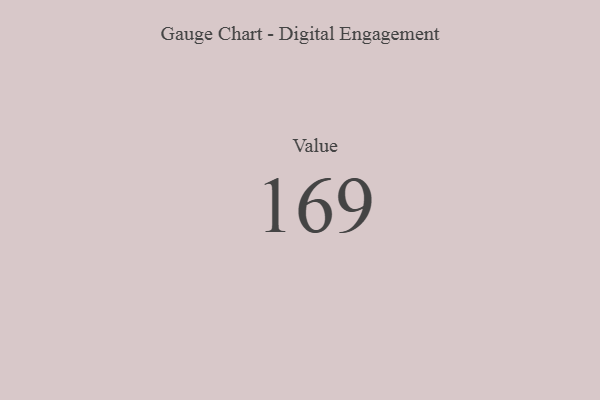
{"axis": {"x": "Metric", "y": "Value"}, "legend": [""], "data": [{"x": "Value", "y": 169, "type": ""}]}